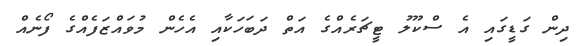
ދިން ގަޑީގައި އެ ސްކޫލު ޓީޗަރެއްގެ އަތް ދަބަހަކާއި އެހެން މުވައްޒަފެއްގެ ފޯނެއް